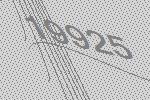
19925